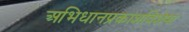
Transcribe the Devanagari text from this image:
अभिधानप्रकाशविशेषा